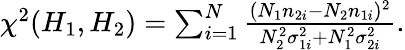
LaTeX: \begin{array}{r}{\chi^{2}(H_{1},H_{2})=\sum_{i=1}^{N}\frac{(N_{1}n_{2i}-N_{2}n_{1i})^{2}}{N_{2}^{2}\sigma_{1i}^{2}+N_{1}^{2}\sigma_{2i}^{2}}.}\end{array}